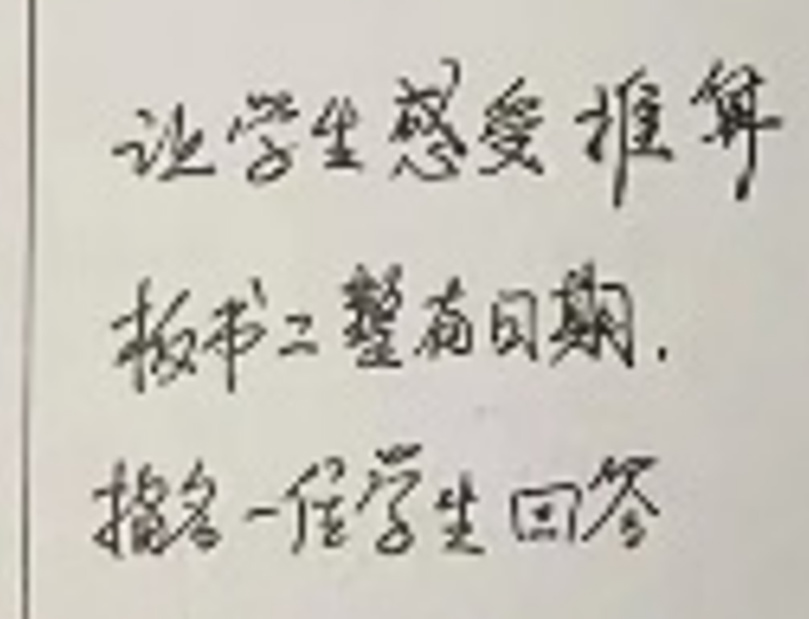
让学生感受推算
板书：整百数加、
指名一位学生回答